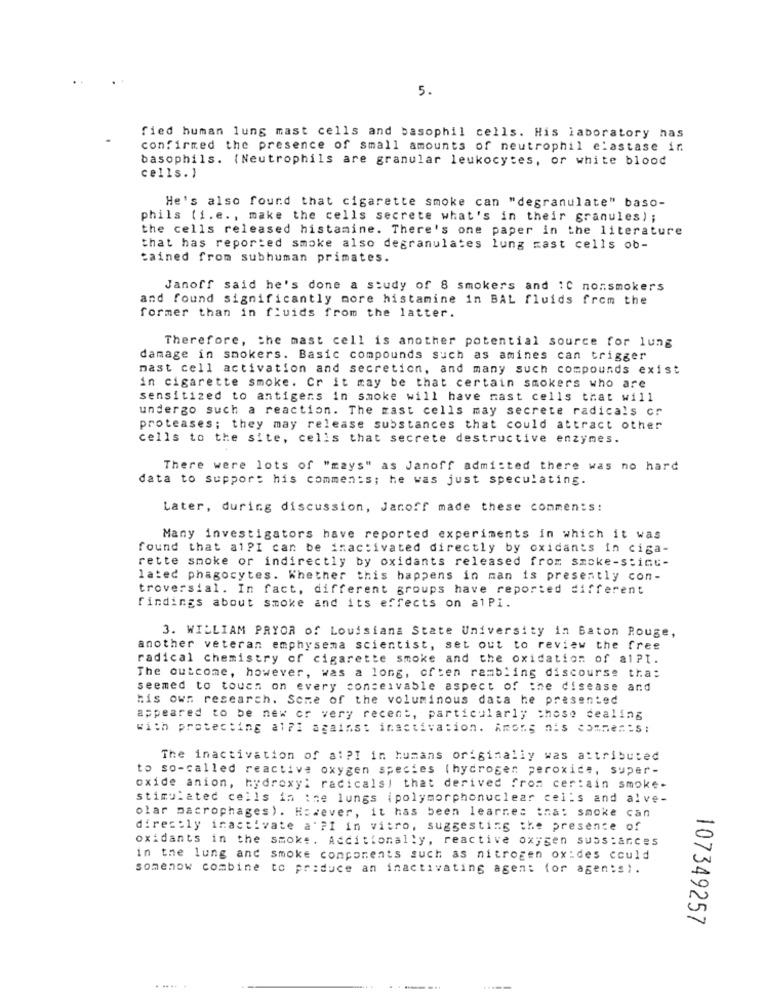
5.
fied human lung mast cells and basophil cells. His laboratory has
confirmed the presence of small amounts of neutrophil elastase ir
basophils. (Neutrophils are granular leukocytes, or white blood
cells. )
He's also found that cigarette smoke can "degranulate" baso-
phils (i.e. , make the cells secrete what's in their granules) ;
the cells released histamine. There's one paper in the literature
that has reported smoke also degranulates lung zast cells ob-
tained from subhuman primates.
Janoff said he's done a study of 8 smokers and 1C nonsmokers
and found significantly more histamine in BAL fluids from the
former than in fluids from the latter.
Therefore, the mast cell is another potential source for lung
damage in smokers. Basic compounds such as amines can trigger
mast cell activation and secretion, and many such compounds exist
in cigarette smoke. Cr it may be that certain smokers who are
sensitized to antigens in smoke will have mast cells that will
undergo such a reaction. The mast cells may secrete radicals cr
proteases; they may release substances that could attract other
cells to the site, cells that secrete destructive enzymes.
There were lots of "mays" as Janoff admitted there was no hard
data to support his comments; he was just speculating.
Later, during discussion, Janoff made these comments:
Many investigators have reported experiments in which it was
found that al?I can be inactivated directly by oxidants in ciga-
rette smoke or indirectly by oxidants released from smoke-stimu-
latec phagocytes. Whether this happens in man is presently con-
troversial. In fact, different groups have reported different
findings about smoke and its effects on alPi.
3. WILLIAM PRYOR of Louisiana State University in Baton Rouge,
another veteran emphysema scientist, set out to review the free
radical chemistry of cigarette smoke and the oxidation of alPl.
The outcome, however, was a long, often rambling discourse tha:
seemed to touen on every conceivable aspect of the disease and
his own research. Some of the voluminous data he presented
appeared to be new or very recent, particularly chose dealing
with protecting alFl against inactivation. Among nis comments :
The inactivation of al ?! in humans originally was attributed
to so-called reactive oxygen species (hydrogen peroxide, super-
oxide anion, hydroxy: radicals! that derived from certain smoke-
stimulated cells in :se lungs ipolymorphonuclear cells and alve-
olar macrophages). However, it has been learnes that smoke can
directly inactivate a' ?I in vitro, suggesting the presence of
oxidants in the smoke. Accitionally, reactive oxygen substances
in the lung and smoke components such as nitrogen ox :des could
somenow combine to produce an inactivating agent for agen;s).
107349257